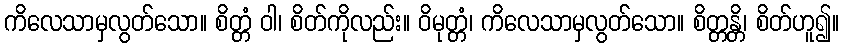
ကိလေသာမှလွတ်သော။ စိတ္တံ ဝါ၊ စိတ်ကိုလည်း။ ဝိမုတ္တံ၊ ကိလေသာမှလွတ်သော။ စိတ္တန္တိ၊ စိတ်ဟူ၍။